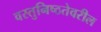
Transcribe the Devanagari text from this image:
वस्तुनिष्ठतेवरील